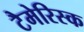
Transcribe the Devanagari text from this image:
टैमेरिस्क